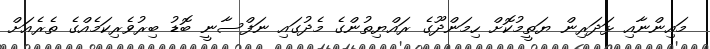
މައިންނާއި ޅަދަރިން ޔަތީމުކޮށް ހިމަންދޫގެ ރައްޔިތުންގެ މެދުގައި ނަފްސާނީ ބޮޑު ބިރުވެރިކަމެއްގެ ތެރެއަށް